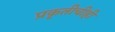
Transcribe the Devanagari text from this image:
प्रकृतीचीही